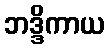
ဘဒ္ဒိကာယ